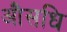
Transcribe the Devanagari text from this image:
औसधि